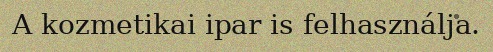
A kozmetikai ipar is felhasználja.